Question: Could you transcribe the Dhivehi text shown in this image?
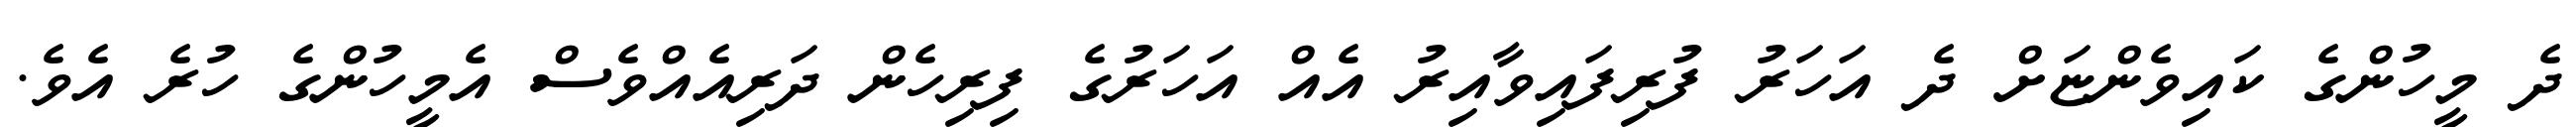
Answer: ދެ މީހުންގެ ކައިވެންޏަށް ދެ އަހަރު ފުރިފައިވާއިރު އެއް އަހަރުގެ ފިރިހެން ދަރިއެއްވެސް އެމީހުންގެ ހުރެ އެވެ.